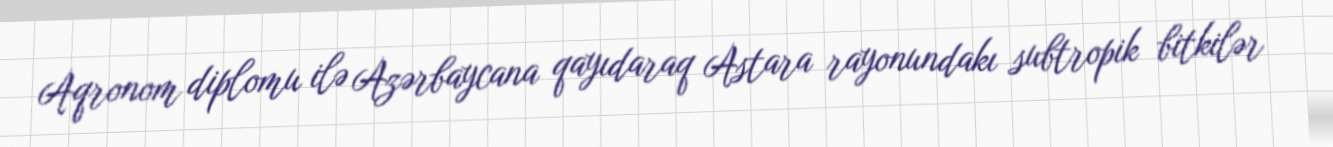
Aqronom diplomu ilə Azərbaycana qayıdaraq Astara rayonundakı subtropik bitkilər